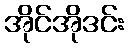
အိုင်အိုဒင်း